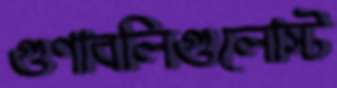
গুণাবলিগুলোস্ট